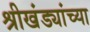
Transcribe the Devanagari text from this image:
श्रीखंड्यांच्या